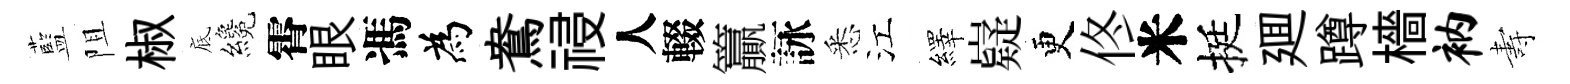
藍阻椒底纔霄眼馮為鴦祲人輟籯詠悉江繹嶷更佟米挺廽蹲檣衲夀